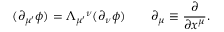
( \partial _ { \mu ^ { \prime } } \phi ) = \Lambda _ { \mu ^ { \prime } } { } ^ { \nu } ( \partial _ { \nu } \phi ) \qquad \partial _ { \mu } \equiv { \frac { \partial } { \partial x ^ { \mu } } } .